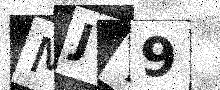
Text: MJT9